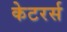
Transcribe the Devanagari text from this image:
केटरर्स